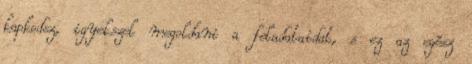
kapkodsz, igyekszel megoldani a feladataidat, s ez az egész